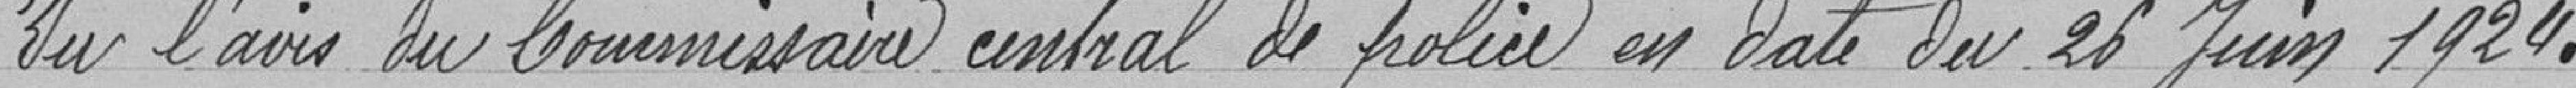
Vu l'avis du Commissaire central de police en date du 26 juin 1924.